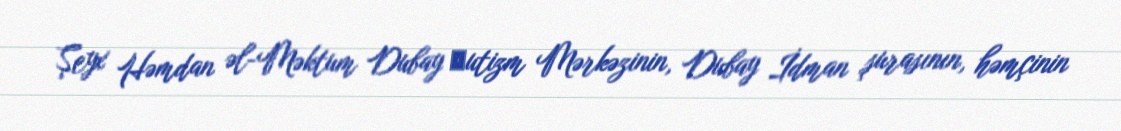
Şeyx Həmdan əl-Məktum Dubay Аutizm Mərkəzinin, Dubay İdman şurasının, həmçinin